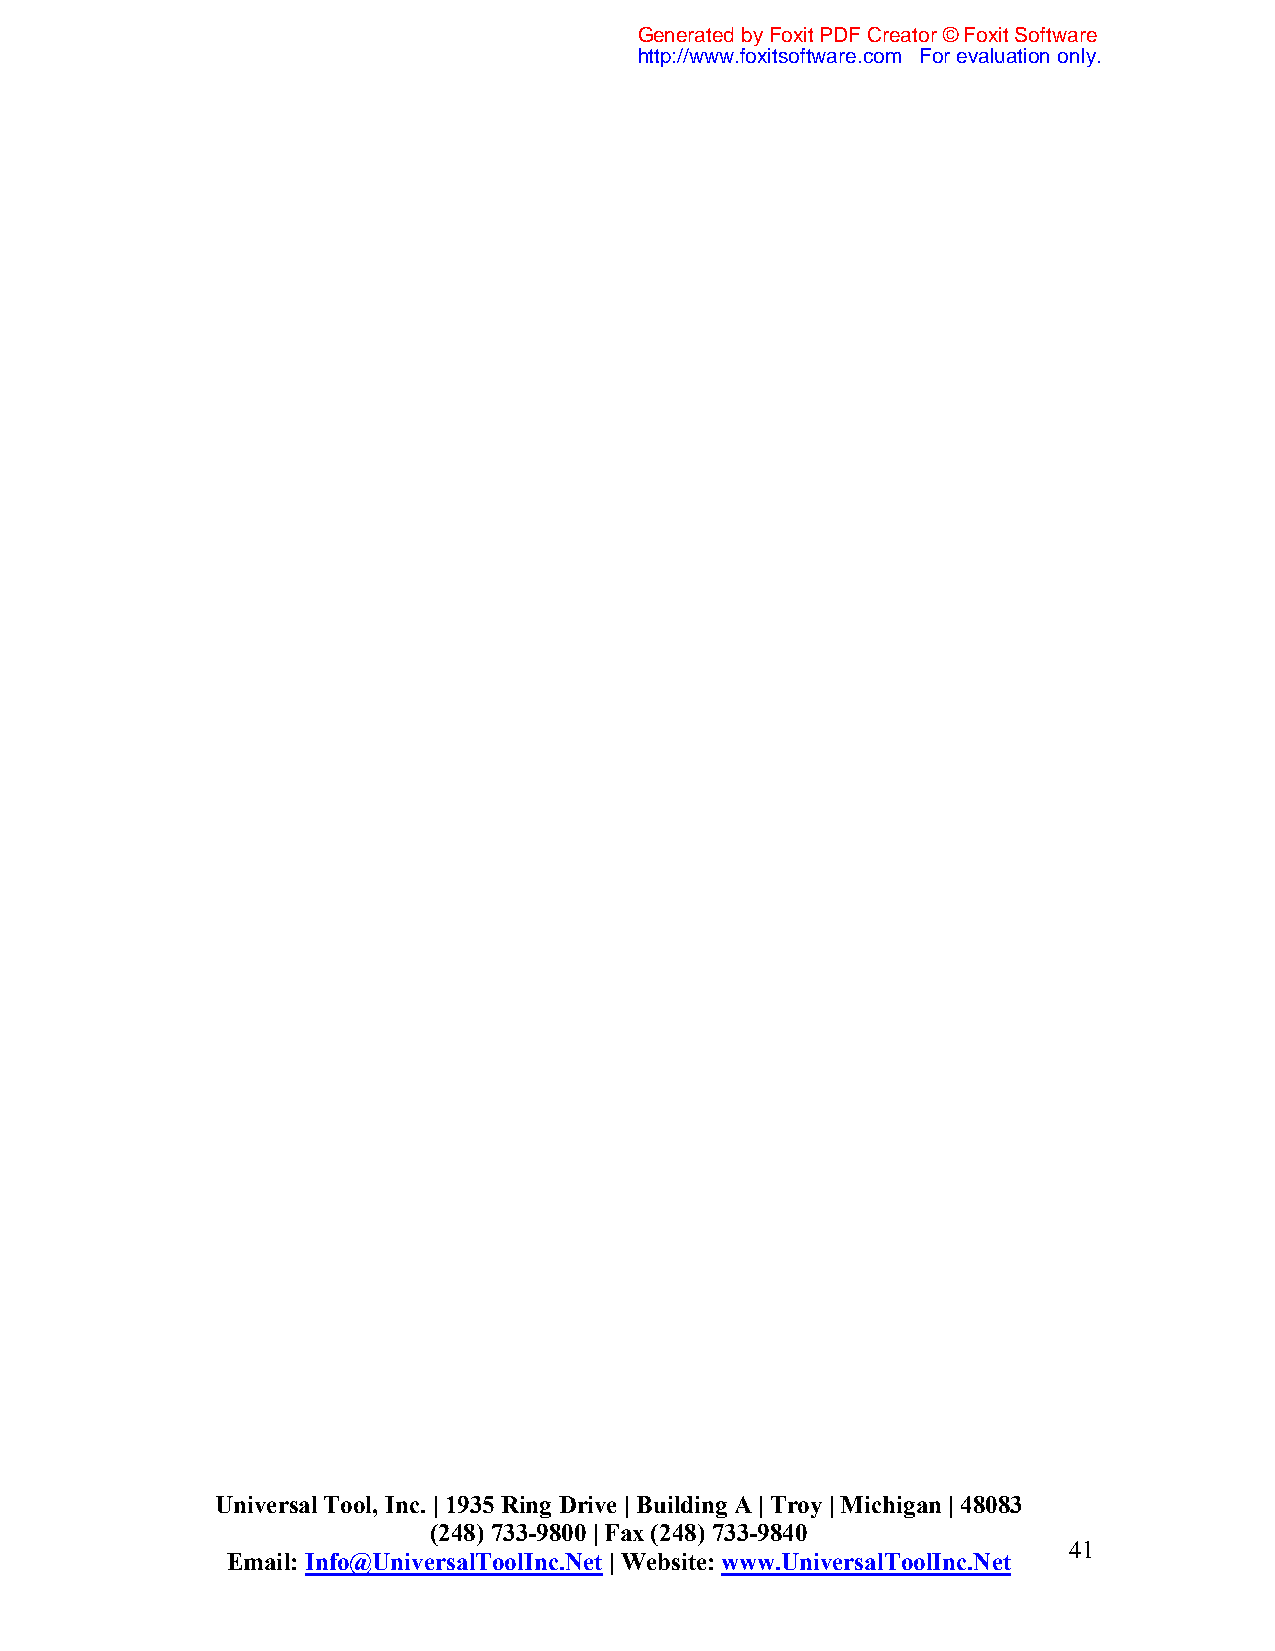
Generated by Foxit PDF Creator © Foxit Software
 http://www.foxitsoftware.com For evaluation only.
 Universal Tool, Inc. | 1935 Ring Drive | Building A | Troy | Michigan | 48083
 (248) 733-9800 | Fax (248) 733-9840
 41
 Email: Info@UniversalToolInc.Net | Website: www.UniversalToolInc.Net